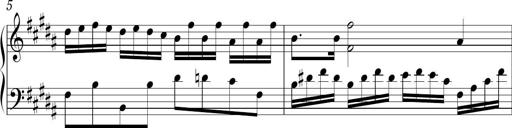
Title: Ten Piano Sonatinas
Composer: Andreas Sain